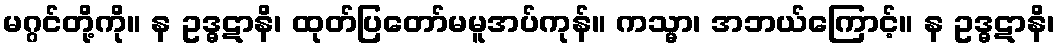
မဂ္ဂင်တို့ကို။ န ဥဒ္ဓဋာနိ၊ ထုတ်ပြတော်မမူအပ်ကုန်။ ကသ္မာ၊ အဘယ်ကြောင့်။ န ဥဒ္ဓဋာနိ၊